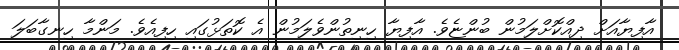
އާފިޔާއަށް ދިއްކޮށްލަމުން ބުންޏެވެ. އާފިޔާ ހިނިތުންވެލަމުން އެ ކޮތަޅުގައި ހިފިއެވެ. މަންމާ ހިނގާބަލަ